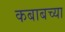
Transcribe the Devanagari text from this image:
कबाबच्या